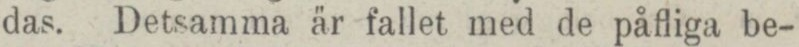
das. Detsamma är fallet med de påfliga be-